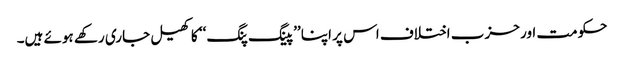
حکومت اور حزب اختلاف اس پر اپنا ’’پینگ پنگ ‘‘ کا کھیل جاری رکھے ہوئے ہیں۔